Report of the King Institute of Preventive Medicine, Guindy
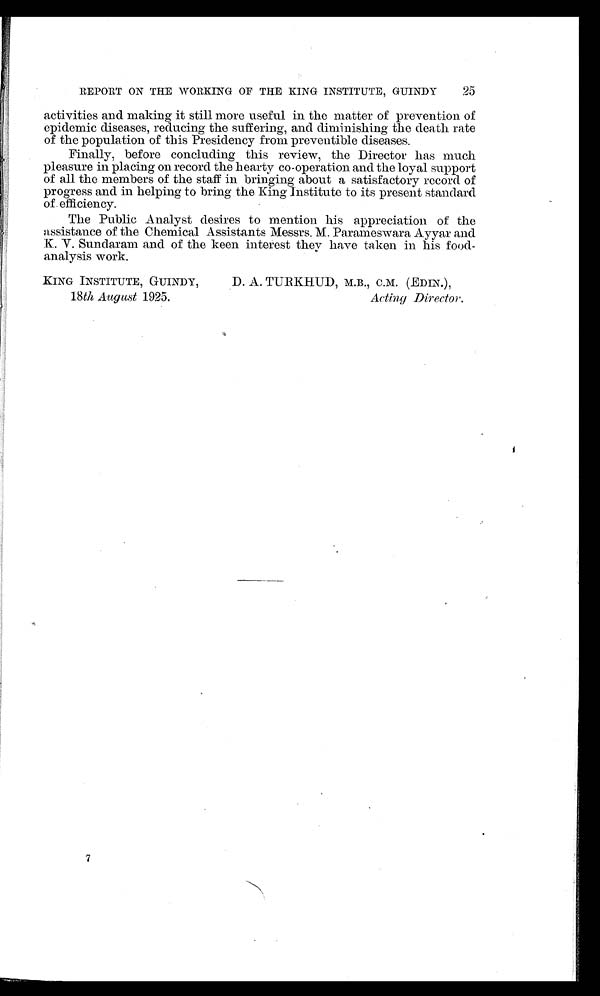
25
REPORT ON THE WORKING OF THE KING INSTITUTE, GUINDY
activities and making it still more useful in the matter of prevention of
epidemic diseases, reducing the suffering, and diminishing the death rate
of the population of this Presidency from preventible diseases.
Finally, before concluding this review, the Director has much
pleasure in placing on record the hearty co-operation and the loyal support
of all the members of the staff in bringing about a satisfactory record of
progress and in helping to bring the King Institute to its present standard
of efficiency.
The Public Analyst desires to mention his appreciation of the
assistance of the Chemical Assistants Messrs. M. Parameswara Ayyar and
K.V . Sundaram and of the keen interest they have taken in his food
-analysis work.
KING INSTITUTE, GUINDY,
D. A. TURKHUD, M.B., C.M. (EDIN.),
18th August 1925.
Acting Director.